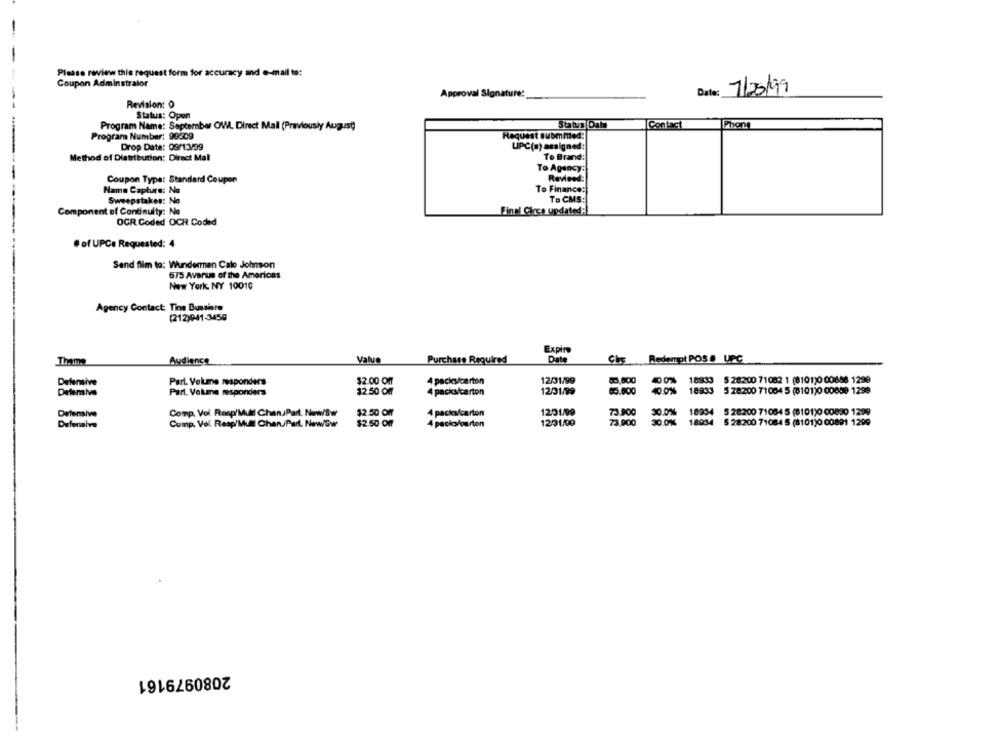
Please review this request form for accuracy and e-mail to:
Coupon Adminstralor
Date: 7/25/99
Approval Signature:
Revision: 0
Status: Open
Program Name: September OWL Direct Mail (Previously August
Status Damm
Contact
Phon
Program Number: 99509
Request submitted:
Drop Date: 09/13/99
UPC(s) assigned:
Method of Distribution: Direct Mal
To Brand:
To Agency:
Coupon Type: Standard Coupon
Name Capture: No
To Finance:
Sweepstakes: No
To CMS:
Component of Continuity: No
Final Circa updated:
OGR Coded OCR Coded
#of UPCe Requested: 4
Send film to: Wunderman Cato Johnson
675 Avenue of the Americas
New York, NY 10010
Agency Contact: Tine Bussiere
(212)941-3450
Expire
Thame
Audience
Value
Purchase Required
Date
Che
Redempt POS # UPC
12/31/99
80,000
400% 18933 5 26200 71082 1 (8101)0 00848 1299
Defensive
Part. Volume responders
$2.00 Off
4 packs/carton
Defensive
Part. Vokme responders
$2.50 Of
4 packs/carton
12/31/99
63.600
40.0% 18833
5 28200 71054 5 (8101)0 00659 1299
Defensive
Comp. Vol. Resp'Mull Chan/Part. Now/Sw
$2.50 OF
4 packs/carton
1201/99
73.900
30.0% 18934
5 28200 71084 5 (8101)0 00890 1299
Defensive
Comp. Vol. Resp/Mull Chan.Parl. Now/Gw
$2.50 Off
4 packsfourton
1231/00
73,900
30.0%
18934 5 28200 71084 5 (8101)0 00891 1299
2080979161